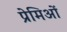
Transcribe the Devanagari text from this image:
प्रेमिओं